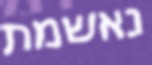
נאשמת